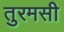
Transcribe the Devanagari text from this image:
तुरमसी